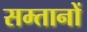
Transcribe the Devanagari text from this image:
सम्तानों